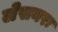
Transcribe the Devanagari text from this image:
लेसनरः